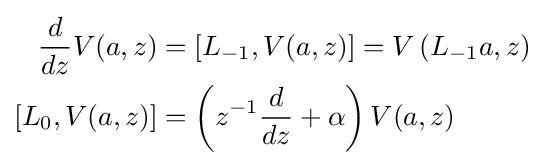
{\begin{aligned}{\frac {d}{dz}}V(a,z)&=\left[L_{-1},V(a,z)\right]=V\left(L_{-1}a,z\right)\\\left[L_{0},V(a,z)\right]&=\left(z^{-1}{\frac {d}{dz}}+\alpha \right)V(a,z)\end{aligned}}